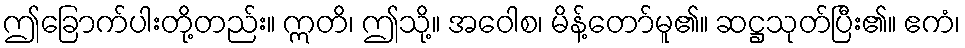
ဤခြောက်ပါးတို့တည်း။ ဣတိ၊ ဤသို့။ အဝေါစ၊ မိန့်တော်မူ၏။ ဆဋ္ဌသုတ်ပြီး၏။ ဧကံ၊